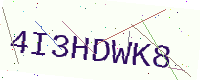
Text: 4I3HDWK8